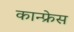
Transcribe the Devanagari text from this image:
कान्फ्रेस